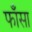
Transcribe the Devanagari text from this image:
फाँसा